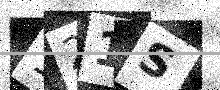
Text: 121S